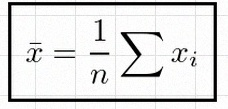
\bar{x}=\frac1n\sum x_i